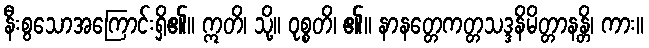
နီးစွသောအကြောင်းရှိ၏။ ဣတိ၊ သို့။ ဝုစ္စတိ၊ ၏။ နာနတ္တေကတ္တသဒ္ဒနိမိတ္တာနန္တိ၊ ကား။